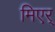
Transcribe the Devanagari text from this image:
मिएर्